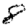
Digit: 8